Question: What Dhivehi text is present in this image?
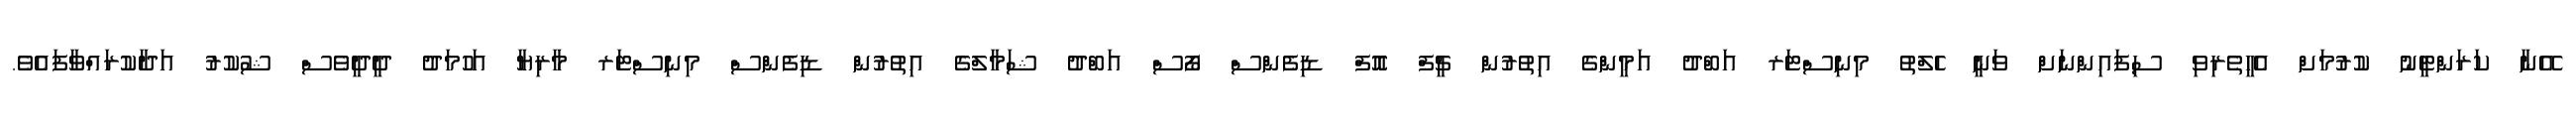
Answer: އޭނާ ކަރަންޓީނު ކުރުމަށް އެހީތެރިވި ސިފައިންނަށް ވަނީ ހެލްތު މިނިސްޓަރ އަބްދު އަމީންގެ އިތުރުން ޗީފް އޮޮފް ޑިފެންސް ފޯސް އަބްދު ޝަމާލްގެ އިތުރުން ޑިފެންސް މިނިސްޓަރ މާރިޔާ އަހުމަދު ދީދީވެސް ޝުކުރު އަދާކުރައްވާފައެވެ.